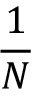
\frac { 1 } { N }